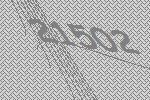
21502